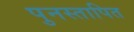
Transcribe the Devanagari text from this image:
पुनस्तापित